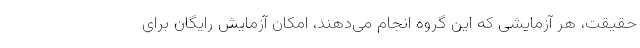
حقیقت، هر آزمایشی که این گروه انجام می‌دهند، امکان آزمایش رایگان برای